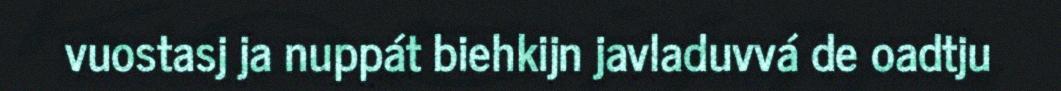
vuostasj ja nuppát biehkijn javladuvvá de oadtju